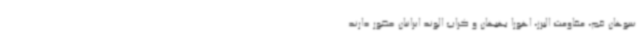
سوهان قم، مقاومت البرز، اهورا بهبهان و کراپ الوند ایرانیان حضور دارند.